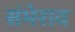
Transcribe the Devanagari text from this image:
संभेराव